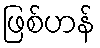
ဖြစ်ဟန်